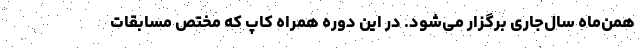
همن‌ماه سال‌جاری برگزار می‌شود. در این دوره همراه کاپ که مختص مسابقات